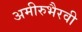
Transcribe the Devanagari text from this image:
अमीरुभैरवी